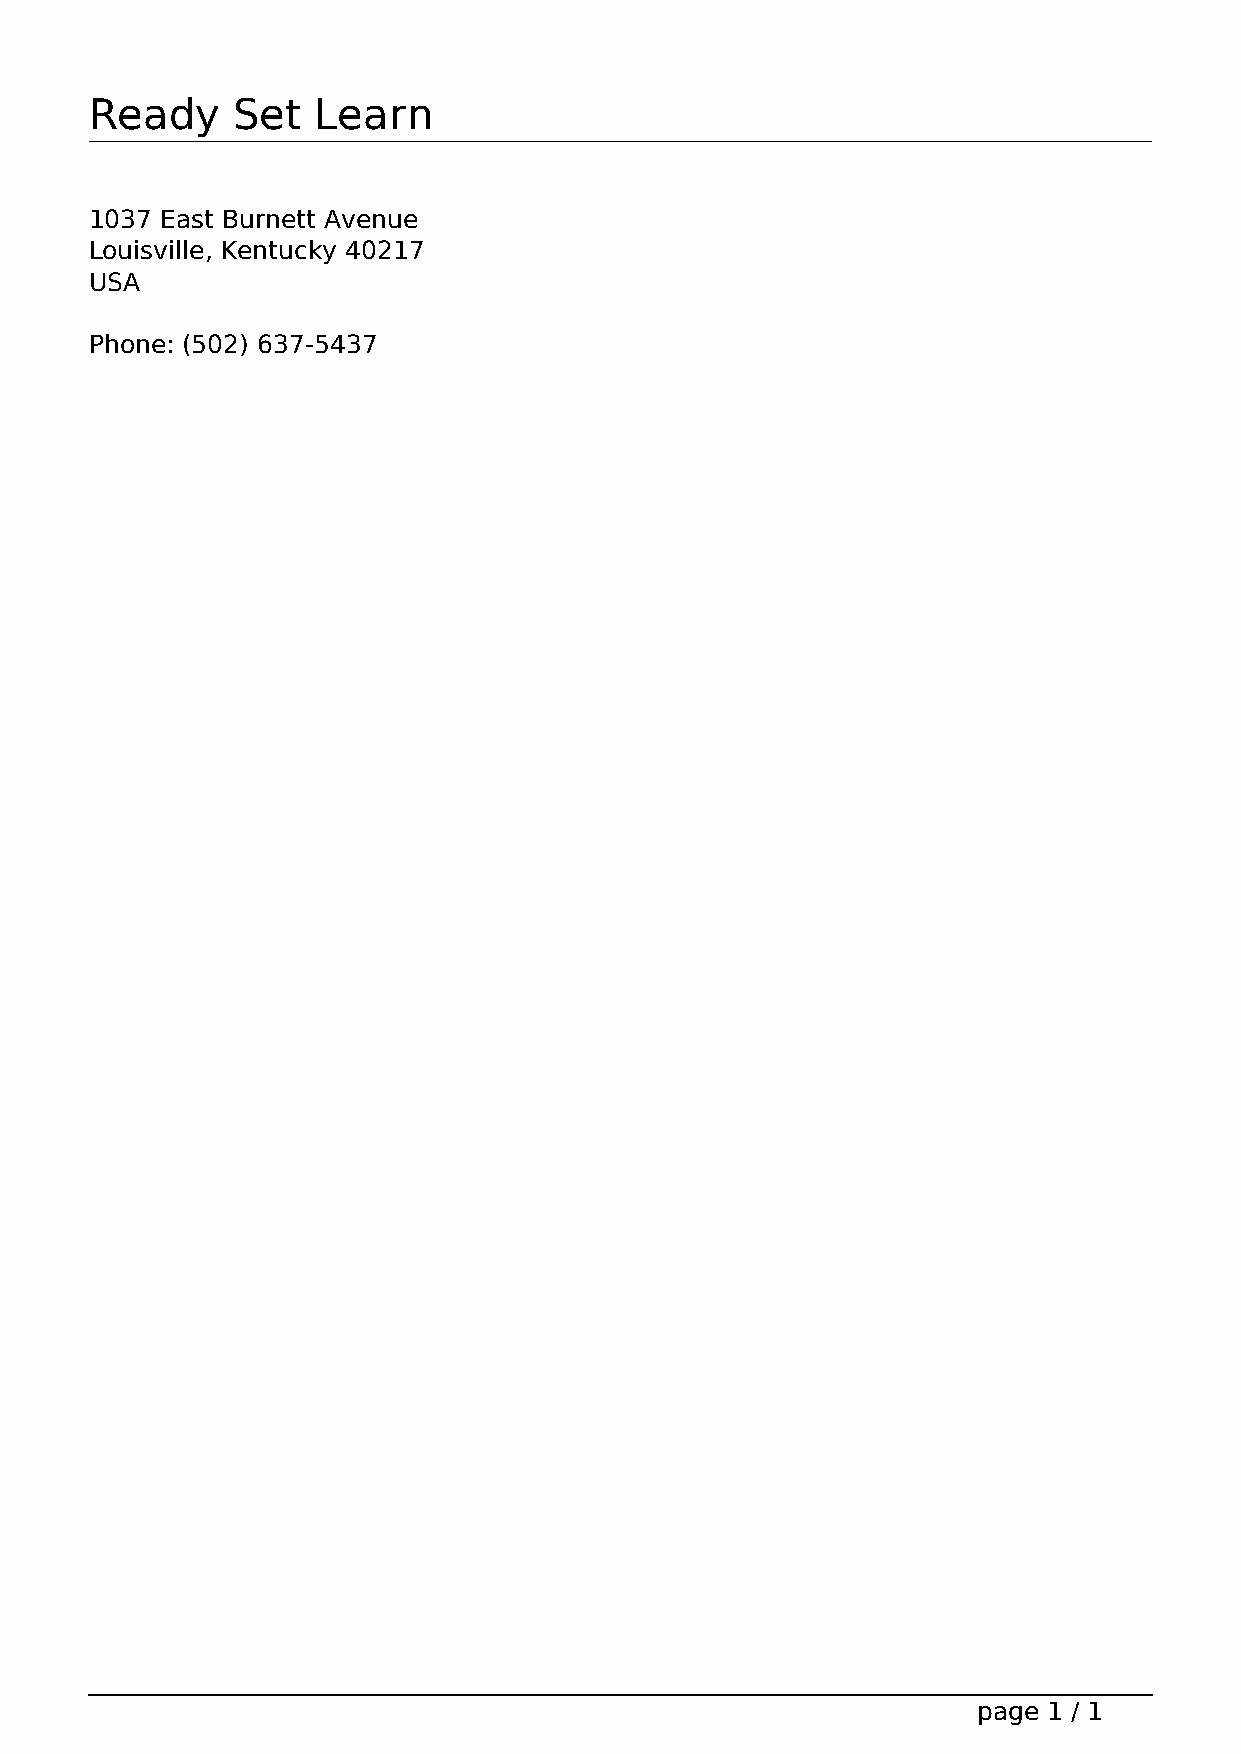
Ready    Set   Learn
 1037 East Burnett Avenue
 Louisville, Kentucky 40217
 USA
 Phone: (502) 637-5437
 page 1 / 1
 Powered by TCPDF (www.tcpdf.org)